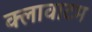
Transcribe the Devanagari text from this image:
क्लावाटम